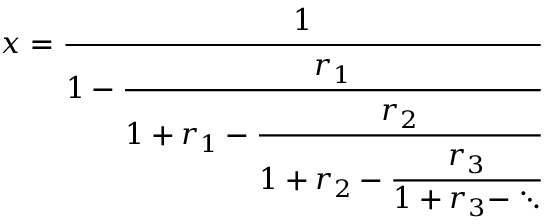
x = { \cfrac { 1 } { 1 - { \cfrac { r _ { 1 } } { 1 + r _ { 1 } - { \cfrac { r _ { 2 } } { 1 + r _ { 2 } - { \cfrac { r _ { 3 } } { 1 + r _ { 3 } - \ddots } } } } } } } }